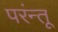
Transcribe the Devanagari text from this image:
परंन्तू